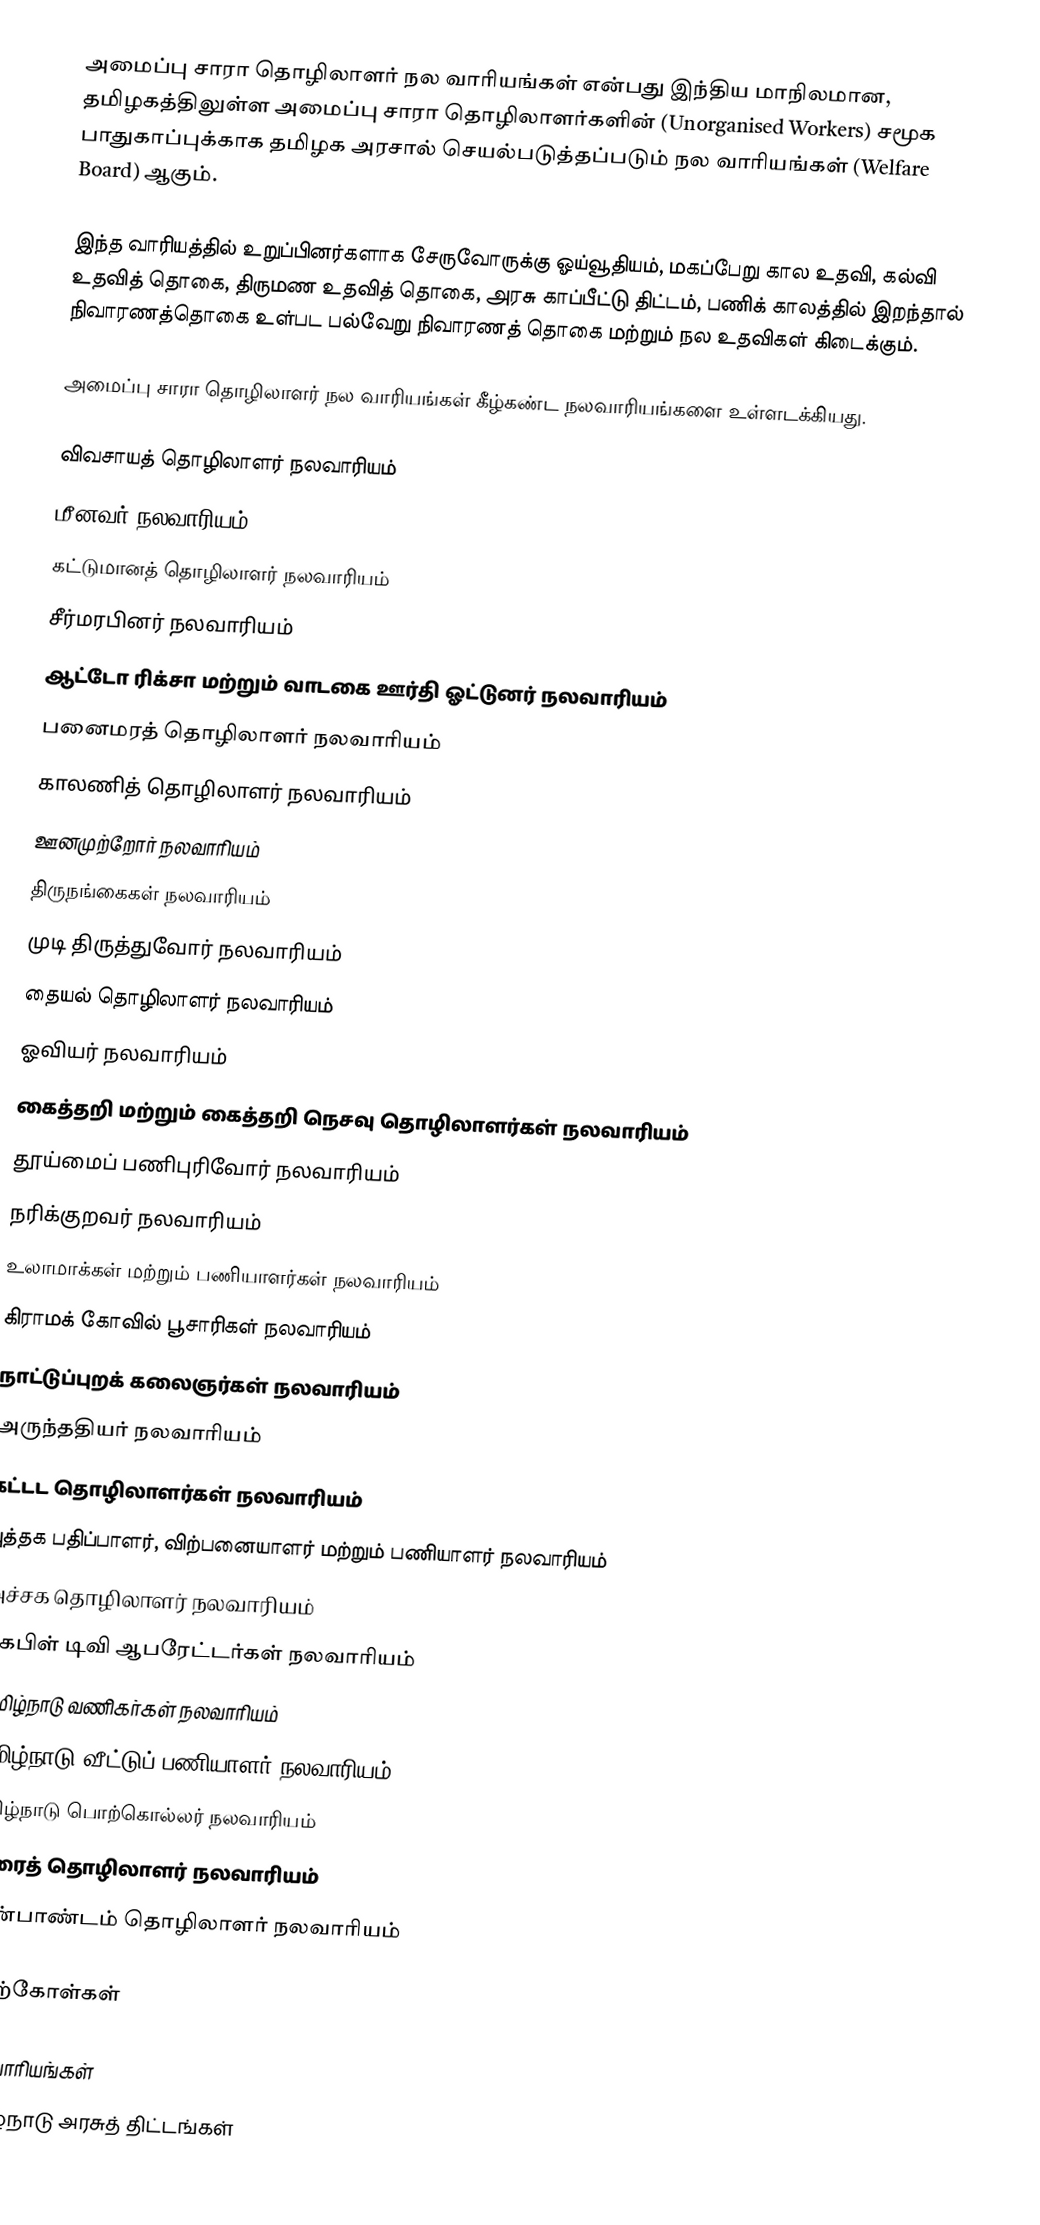
அமைப்பு சாரா தொழிலாளர் நல வாரியங்கள் என்பது இந்திய மாநிலமான, தமிழகத்திலுள்ள அமைப்பு சாரா தொழிலாளர்களின் (Unorganised Workers) சமூக பாதுகாப்புக்காக தமிழக அரசால் செயல்படுத்தப்படும் நல வாரியங்கள் (Welfare Board) ஆகும்.

இந்த வாரியத்தில் உறுப்பினர்களாக சேருவோருக்கு ஓய்வூதியம், மகப்பேறு கால உதவி, கல்வி உதவித் தொகை, திருமண உதவித் தொகை, அரசு காப்பீட்டு திட்டம், பணிக் காலத்தில் இறந்தால் நிவாரணத்தொகை உள்பட பல்வேறு நிவாரணத் தொகை மற்றும் நல உதவிகள் கிடைக்கும்.

அமைப்பு சாரா தொழிலாளர் நல வாரியங்கள் கீழ்கண்ட நலவாரியங்களை உள்ளடக்கியது.

 விவசாயத் தொழிலாளர் நலவாரியம்
 மீனவர் நலவாரியம்
 கட்டுமானத் தொழிலாளர் நலவாரியம்
 சீர்மரபினர் நலவாரியம்
 ஆட்டோ ரிக்சா மற்றும் வாடகை ஊர்தி ஓட்டுனர் நலவாரியம்
 பனைமரத் தொழிலாளர் நலவாரியம்
 காலணித் தொழிலாளர் நலவாரியம்
 ஊனமுற்றோர் நலவாரியம்
 திருநங்கைகள் நலவாரியம்
 முடி திருத்துவோர் நலவாரியம்
 தையல் தொழிலாளர் நலவாரியம்
 ஓவியர் நலவாரியம்
 கைத்தறி மற்றும் கைத்தறி நெசவு தொழிலாளர்கள் நலவாரியம்
 தூய்மைப் பணிபுரிவோர் நலவாரியம்
 நரிக்குறவர் நலவாரியம்
 உலாமாக்கள் மற்றும் பணியாளர்கள் நலவாரியம்
 கிராமக் கோவில் பூசாரிகள் நலவாரியம்
 நாட்டுப்புறக் கலைஞர்கள் நலவாரியம்
 அருந்ததியர் நலவாரியம்
 கட்டட தொழிலாளர்கள் நலவாரியம்
 புத்தக பதிப்பாளர், விற்பனையாளர் மற்றும் பணியாளர் நலவாரியம்
 அச்சக தொழிலாளர் நலவாரியம்
 கேபிள் டிவி ஆபரேட்டர்கள் நலவாரியம்
 தமிழ்நாடு வணிகர்கள் நலவாரியம்
 தமிழ்நாடு வீட்டுப் பணியாளர் நலவாரியம்
 தமிழ்நாடு பொற்கொல்லர் நலவாரியம்
 திரைத் தொழிலாளர் நலவாரியம்
 மண்பாண்டம் தொழிலாளர் நலவாரியம்

மேற்கோள்கள்

நல வாரியங்கள்
தமிழ்நாடு அரசுத் திட்டங்கள்